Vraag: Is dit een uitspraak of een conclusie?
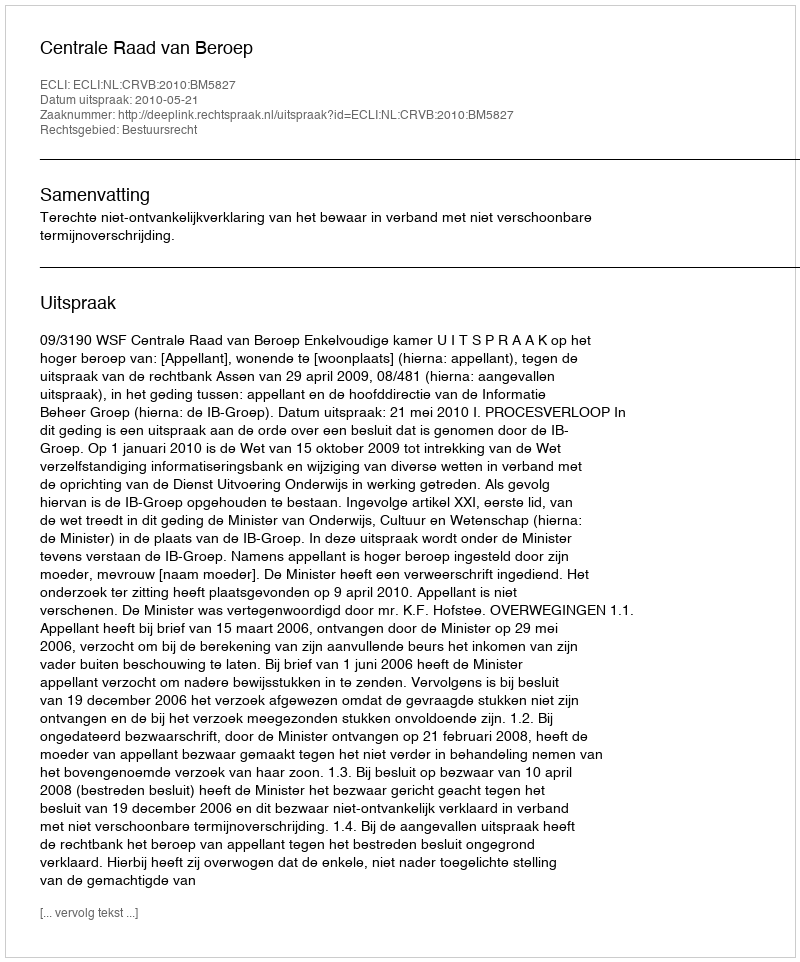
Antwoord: Uitspraak